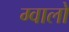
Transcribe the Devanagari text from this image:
ग्‍वालो